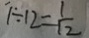
1 \div 1 2 = \frac { 1 } { 1 2 }